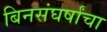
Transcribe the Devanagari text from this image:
बिनसंघर्षांचा